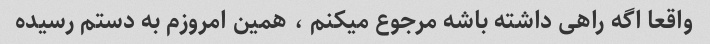
واقعا اگه راهی داشته باشه مرجوع میکنم ، همین امروزم به دستم رسیده